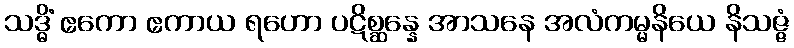
သဒ္ဓိံ ဧကော ဧကာယ ရဟော ပဋိစ္ဆန္နေ အာသနေ အလံကမ္မနိယေ နိသဇ္ဇံ